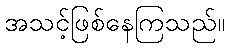
အသင့်ဖြစ်နေကြသည်။